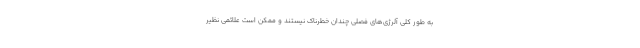
به طور کلی آلرژی‌های فصلی چندان خطرناک نیستند و ممکن است علائمی نظیر